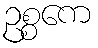
ဥစ္စကေ